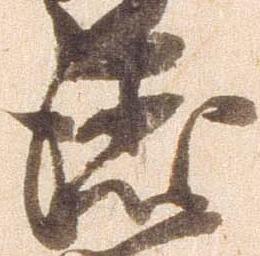
徳